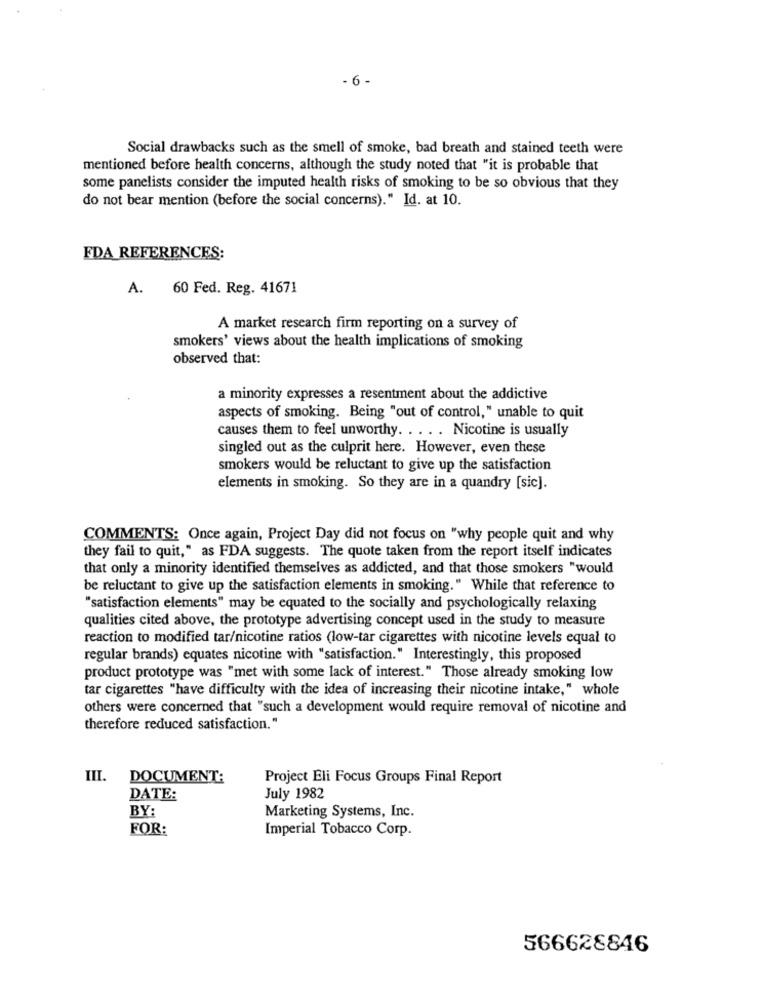
- 6 -
Social drawbacks such as the smell of smoke, bad breath and stained teeth were
mentioned before health concerns, although the study noted that "it is probable that
some panelists consider the imputed health risks of smoking to be so obvious that they
do not bear mention (before the social concerns)." Id. at 10.
FDA REFERENCES:
A.
60 Fed. Reg. 41671
A market research firm reporting on a survey of
smokers' views about the health implications of smoking
observed that:
a minority expresses a resentment about the addictive
aspects of smoking. Being "out of control," unable to quit
causes them to feel unworthy. .... Nicotine is usually
singled out as the culprit here. However, even these
smokers would be reluctant to give up the satisfaction
elements in smoking. So they are in a quandry [sic].
COMMENTS: Once again, Project Day did not focus on "why people quit and why
they fail to quit," as FDA suggests. The quote taken from the report itself indicates
that only a minority identified themselves as addicted, and that those smokers "would
be reluctant to give up the satisfaction elements in smoking." While that reference to
"satisfaction elements" may be equated to the socially and psychologically relaxing
qualities cited above, the prototype advertising concept used in the study to measure
reaction to modified tar/nicotine ratios (low-tar cigarettes with nicotine levels equal to
regular brands) equates nicotine with "satisfaction." Interestingly, this proposed
product prototype was "met with some lack of interest." Those already smoking low
tar cigarettes "have difficulty with the idea of increasing their nicotine intake," whole
others were concerned that "such a development would require removal of nicotine and
therefore reduced satisfaction."
III. DOCUMENT:
Project Eli Focus Groups Final Report
DATE:
July 1982
BY:
Marketing Systems, Inc.
FOR:
Imperial Tobacco Corp.
566628846